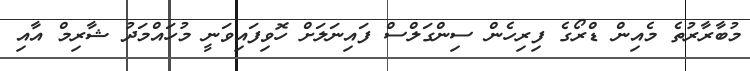
މުބާރާރުތެ މެއިން ޑްރޯގެ ފިރިހެން ސިންގަލްސް ފައިނަލަށް ހޮވިފައިވަނީ މުހައްމަދު ޝާރިމް އާއި